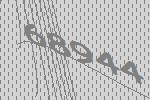
68944